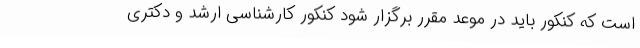
است که کنکور باید در موعد مقرر برگزار شود کنکور کارشناسی ارشد و دکتری